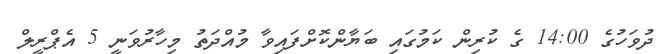
ދުވަހުގެ 14:00 ގެ ކުރިން ކަމުގައި ބަޔާންކޮށްފައިވާ މުއްދަތު މިހާރުވަނީ 5 އެޕްރީލް